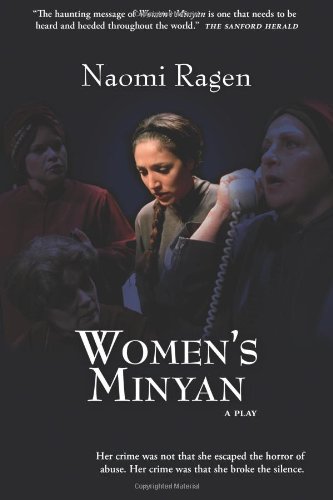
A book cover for Women's Minyan; Naomi Ragen; Literature & Fiction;